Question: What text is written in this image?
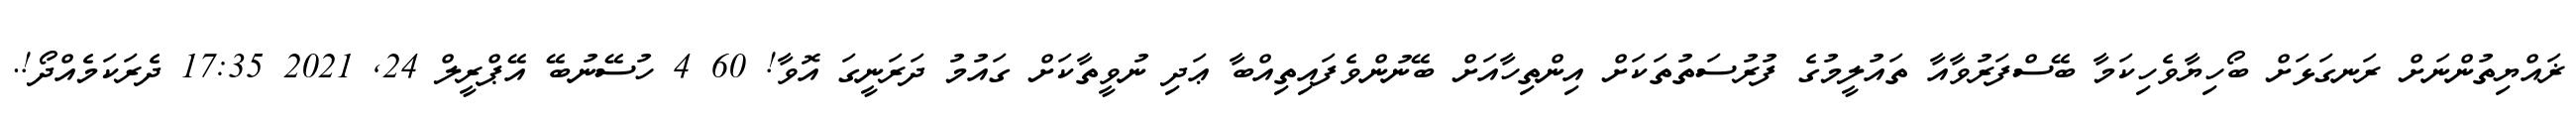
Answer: ޜައްޔިތުންނަށް ރަނގަޅަށް ބޯހިޔާވެހިކަމާ ބޭސްފަރުވާއާ ތައުލީމުގެ ފުރުސަތުތަކަށް އިންތިހާއަށް ބޭނުންވެފައިތިއްބާ ޢަދި ނުވީތާކަށް ގައުމު ދަރަނީގަ އޮވާ! 60 4 ހުސޭނުބޭ އޭޕްރީލް 24, 2021 17:35 ދެރަކަމެއްދޯ!.